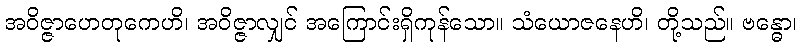
အဝိဇ္ဇာဟေတုကေဟိ၊ အဝိဇ္ဇာလျှင် အကြောင်းရှိကုန်သော။ သံယောဇနေဟိ၊ တို့သည်။ ဗန္ဓော၊